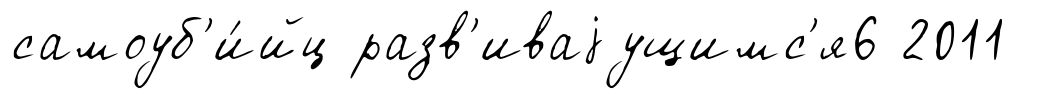
самоуб'и́йц разв'иваjущимс'я6 2011